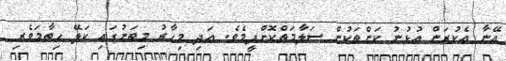
އޭނާ އެކުރަން އުޅުނު ކަންތަކުން ސަލާމަތްކޮށްފީމެވެ. އަދި މިހާރު މިތަނުގައި ކަލޭ ހިތާމަވެރި